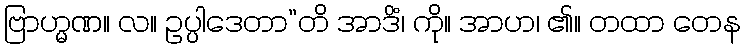
ဗြာဟ္မဏ။ လ။ ဥပ္ပါဒေတာ”တိ အာဒိံ၊ ကို။ အာဟ၊ ၏။ တထာ တေန